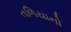
તળિયાનો